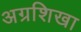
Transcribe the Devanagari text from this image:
अग्रशिखा